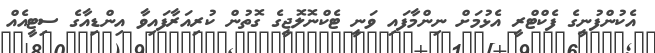
އެކުންފުނީގެ ފެކްޓްރީ އެޅުމަށް ނިންމާފައި ވަނީ ޓެކްނޮލޮޖީގެ ގޮތުން ކުރިއަރާފައިވާ އިންޑިއާގެ ސިޓީއެއް